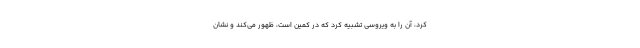
کرد، آن را به ویروسی تشبیه کرد که در کمین است، ظهور می‌کند و نشان